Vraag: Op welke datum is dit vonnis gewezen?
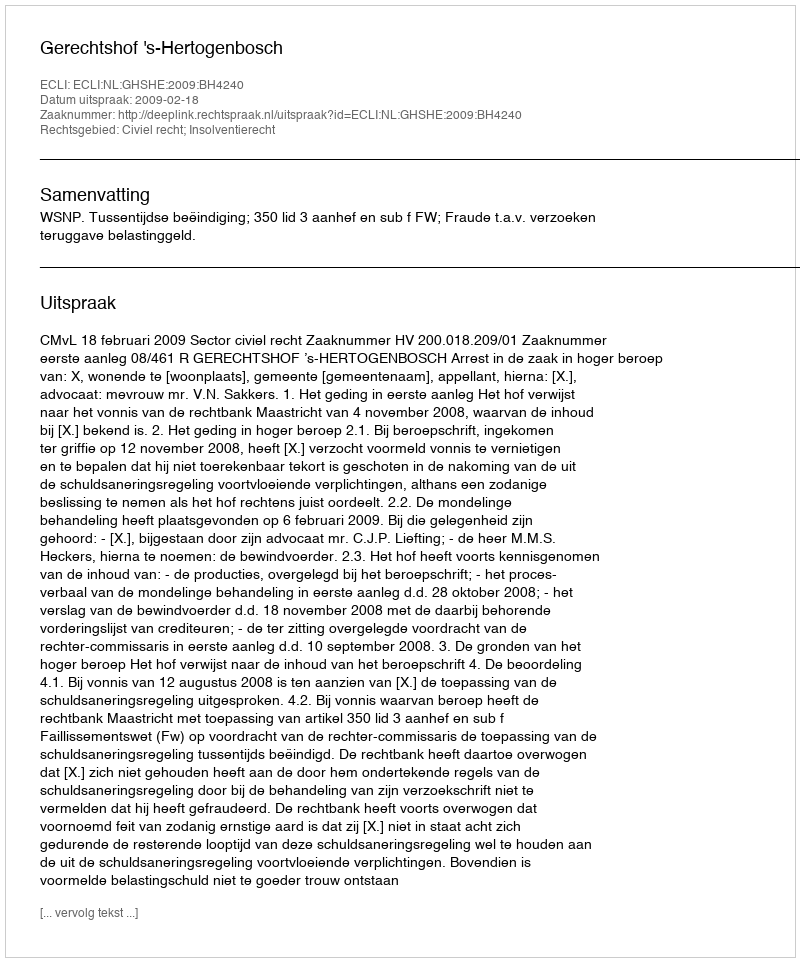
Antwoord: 2009-02-18